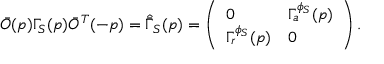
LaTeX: \bar { O } ( p ) \Gamma _ { S } ( p ) \bar { O } ^ { T } ( - p ) = \hat { \bar { \Gamma } } _ { S } ( p ) = \left( \begin{array} { l l } { { 0 } } & { { \Gamma _ { a } ^ { \phi _ { S } } ( p ) } } \\ { { \Gamma _ { r } ^ { \phi _ { S } } ( p ) } } & { { 0 } } \end{array} \right) .